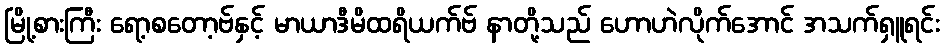
မြို့စားကြီး ရော့စတော့ဗ်နှင့် မာယာဒီမိထရိယက်ဗ် နာတို့သည် ဟောဟဲလိုက်အောင် အသက်ရှူရင်း